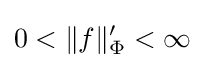
0<\|f\|_{\Phi }'<\infty